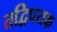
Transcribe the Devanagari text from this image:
तद्विपयक